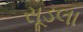
સૂડલા